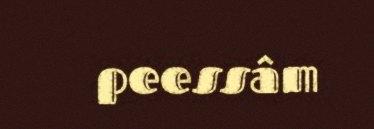
peessâm